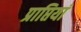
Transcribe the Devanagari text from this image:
प्राप्तियां